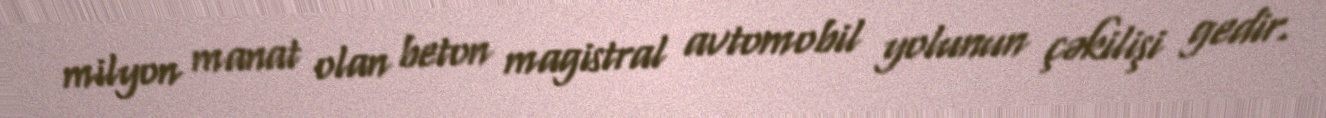
milyon manat olan beton magistral avtomobil yolunun çəkilişi gedir.